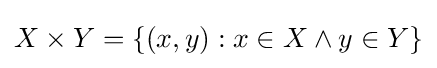
X\times Y=\{(x,y):x\in X\land y\in Y\}